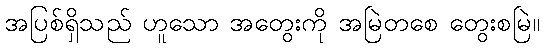
အပြစ်ရှိသည် ဟူသော အတွေးကို အမြဲတစေ တွေးစမြဲ။